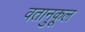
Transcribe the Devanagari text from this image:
वतानुकूल